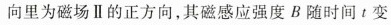
向里为磁场 Ⅱ 的正方向，其磁感应强度 B 随时间 t 变